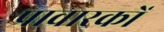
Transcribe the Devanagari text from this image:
प्रावारकों